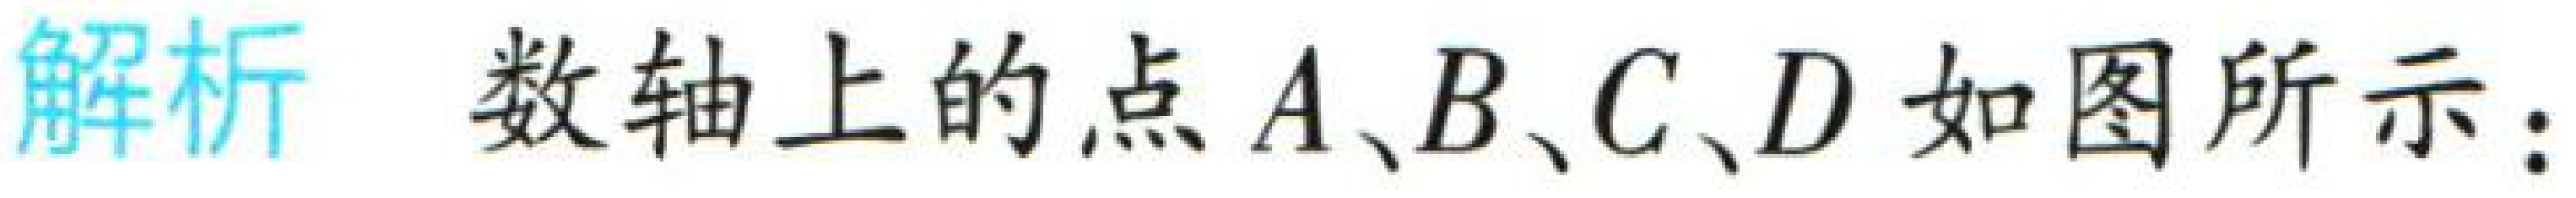
解析 数轴上的点\(A、B、C、D\)如图所示：